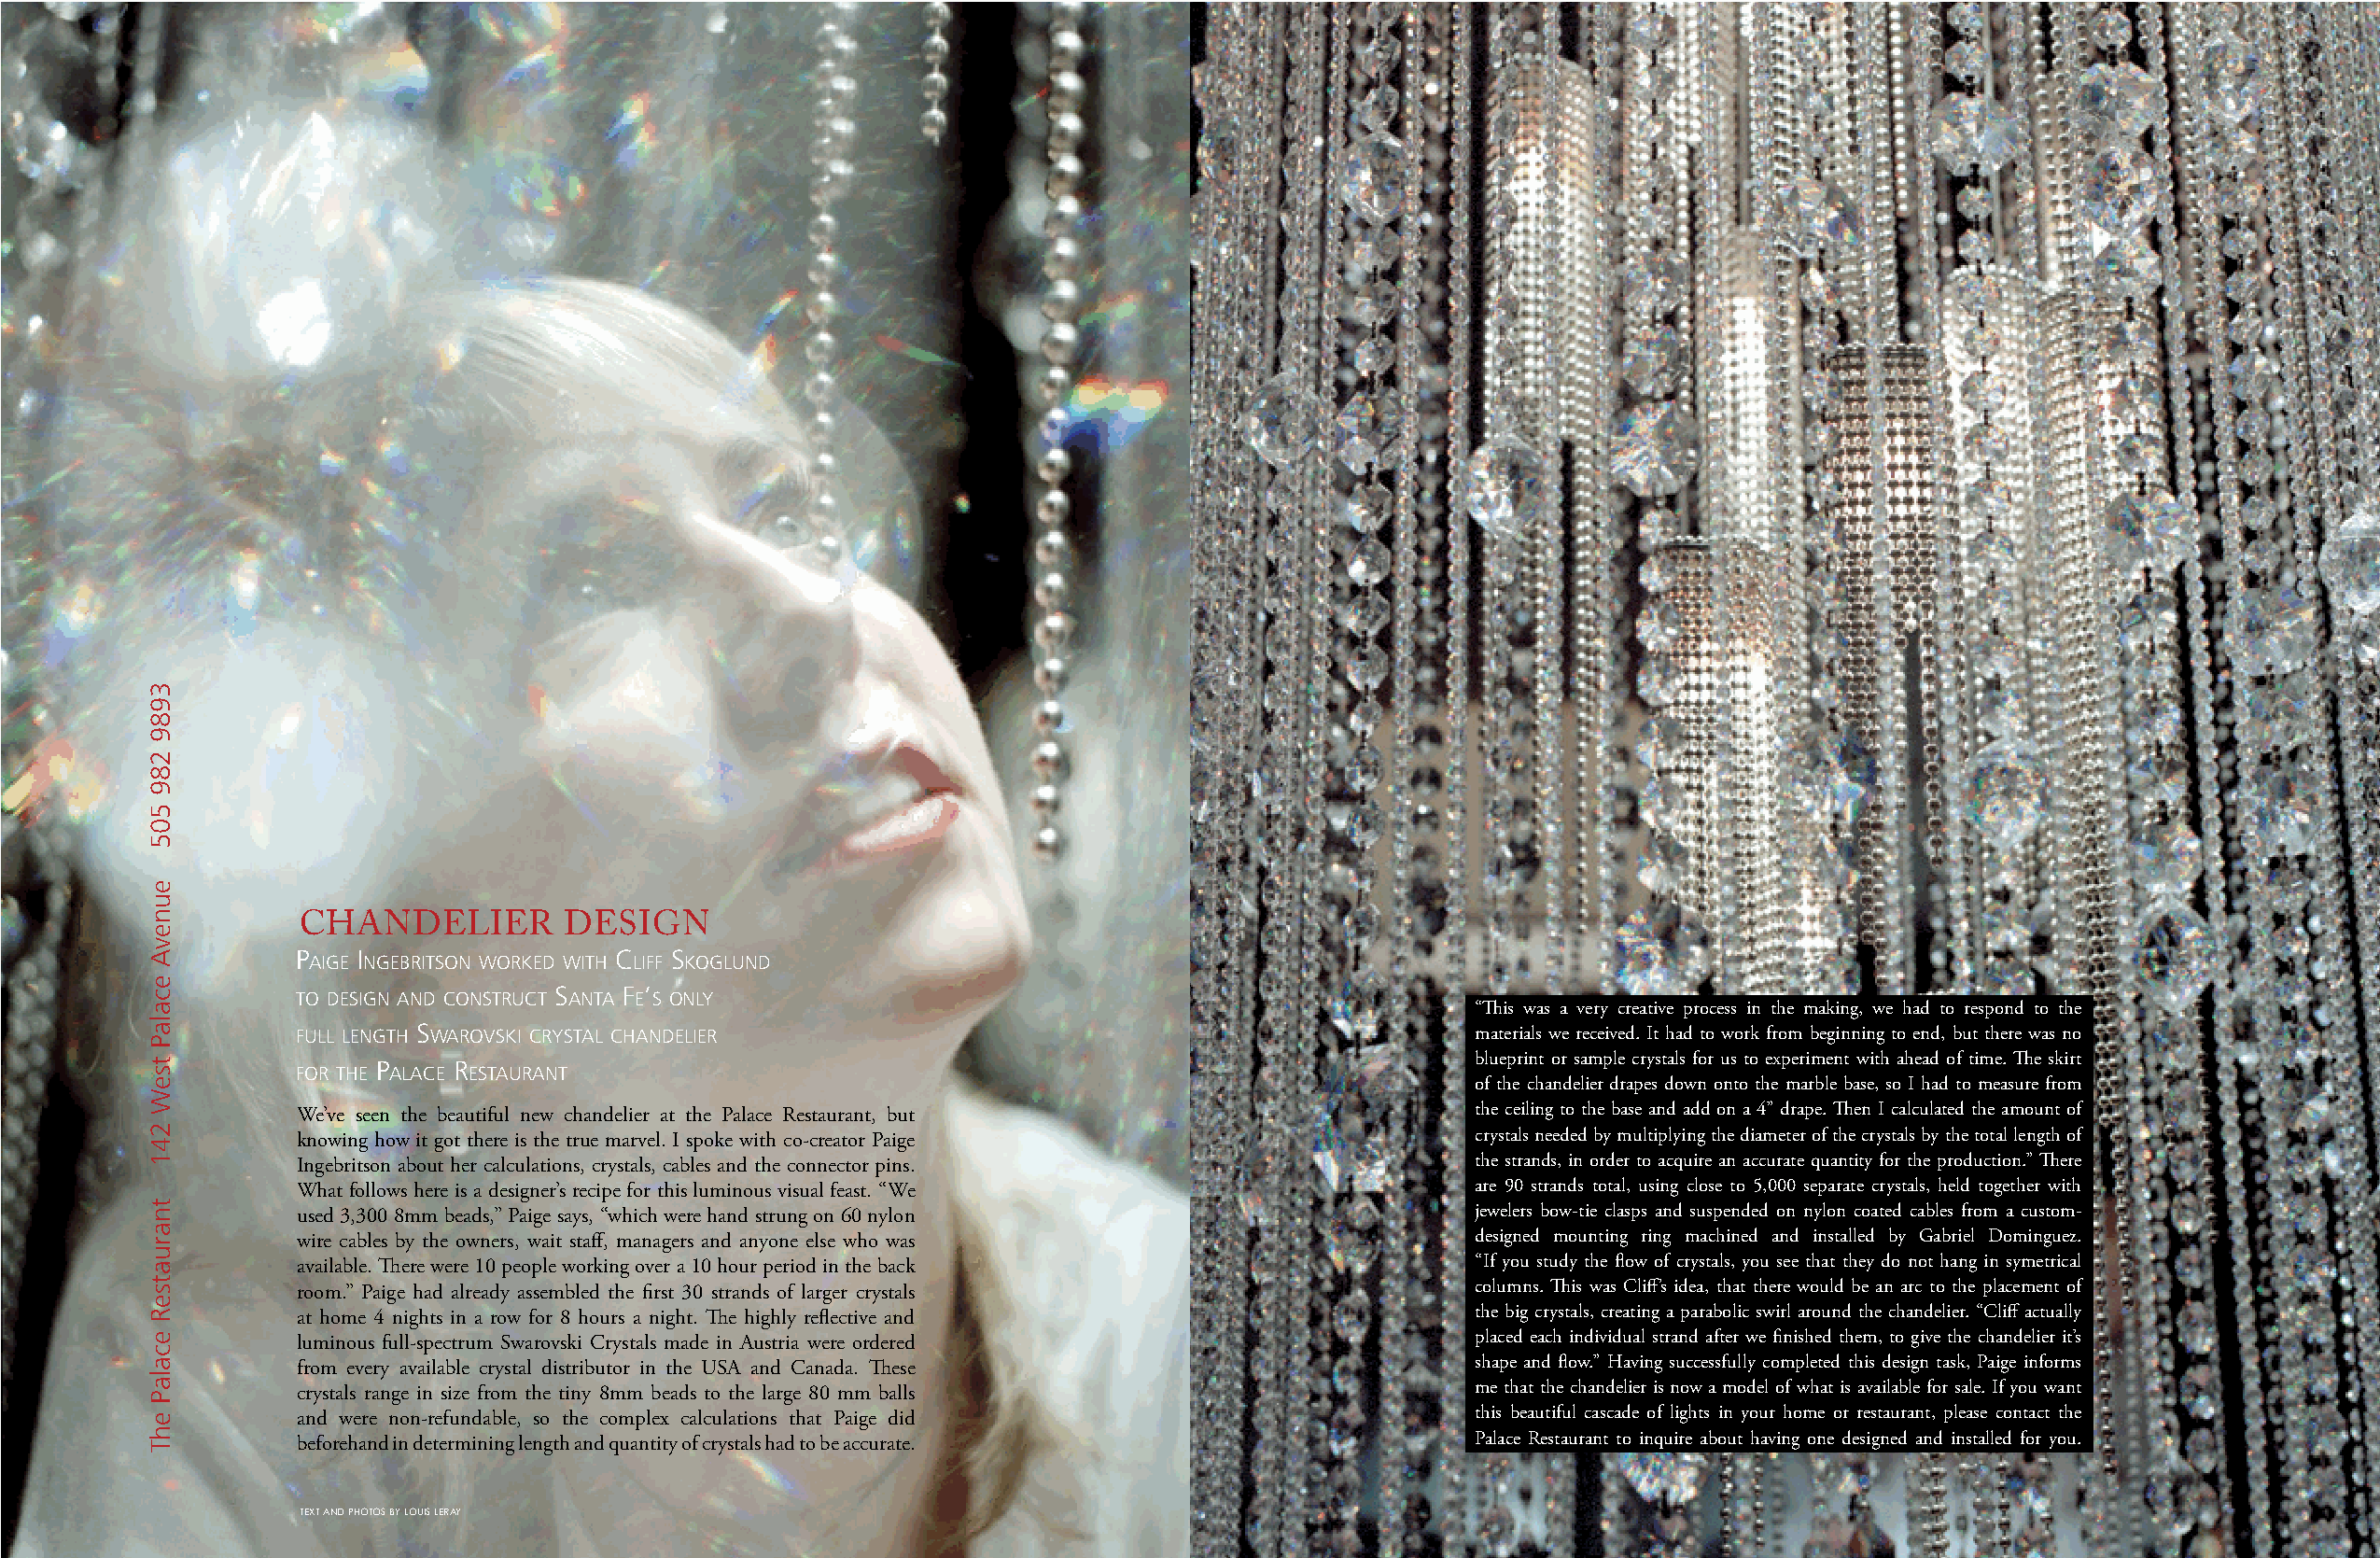
CHANDELIER         DESIGN
 p   i                  c   s
 aige ngebritson worked with liff koglund
 s    f ’
 to design and construct anta e s only
 “This was a very creative process in the making, we had to respond to the
 full length s warovski crystal chandelier                                           materials we received. It had to work from beginning to end, but there was no
 blueprint or sample crystals for us to experiment with ahead of time. The skirt p r
 for the alace estaurant
 of the chandelier drapes down onto the marble base, so I had to measure from
 We’ve seen the beautiful new chandelier at the Palace Restaurant, but               the ceiling to the base and add on a 4” drape. Then I calculated the amount of
 knowing how it got there is the true marvel. I spoke with co-creator Paige          crystals needed by multiplying the diameter of the crystals by the total length of
 Ingebritson about her calculations, crystals, cables and the connector pins.        the strands, in order to acquire an accurate quantity for the production.” There
 What follows here is a designer’s recipe for this luminous visual feast. “We        are 90 strands total, using close to 5,000 separate crystals, held together with
 used 3,300 8mm beads,” Paige says, “which were hand strung on 60 nylon              jewelers bow-tie clasps and suspended on nylon coated cables from a custom-
 wire cables by the owners, wait staff, managers and anyone else who was             designed mounting ring machined and installed by Gabriel Dominguez.
 available. There were 10 people working over a 10 hour period in the back           “If you study the flow of crystals, you see that they do not hang in symetrical
 room.” Paige had already assembled the first 30 strands of larger crystals          columns. This was Cliff’s idea, that there would be an arc to the placement of
 at home 4 nights in a row for 8 hours a night. The highly reflective and            the big crystals, creating a parabolic swirl around the chandelier. “Cliff actually
 luminous full-spectrum Swarovski Crystals made in Austria were ordered              placed each individual strand after we finished them, to give the chandelier it’s
 from every available crystal distributor in the USA and Canada. These               shape and flow.” Having successfully completed this design task, Paige informs
 crystals range in size from the tiny 8mm beads to the large 80 mm balls             me that the chandelier is now a model of what is available for sale. If you want
 and were non-refundable, so the complex calculations that Paige did                 this beautiful cascade of lights in your home or restaurant, please contact the
 beforehand in determining length and quantity of crystals had to be accurate.       Palace Restaurant to inquire about having one designed and installed for you.
 tExt aND photoS by louIS lEray
 3989
 289
 505
 eunevA
 ecalaP
 tseW
 241
 tnaruatseR
 ecalaP
 ehT